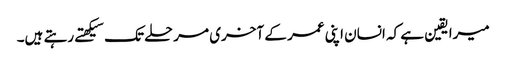
میرا یقین ہے کہ انسان اپنی عمر کے آخری مرحلے تک سیکهتے رہتے ہیں۔